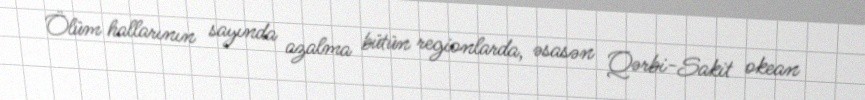
Ölüm hallarının sayında azalma bütün regionlarda, əsasən Qərbi-Sakit okean